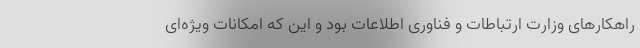
راهکارهای وزارت ارتباطات و فناوری اطلاعات بود و این که امکانات ویژه‌ای